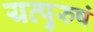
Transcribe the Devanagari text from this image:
यत्पुरुषं